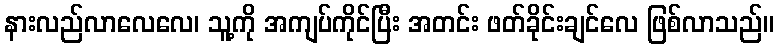
နားလည်လာလေလေ၊ သူ့ကို အကျပ်ကိုင်ပြီး အတင်း ဖတ်ခိုင်းချင်လေ ဖြစ်လာသည်။